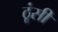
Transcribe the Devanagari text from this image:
ठूंसी